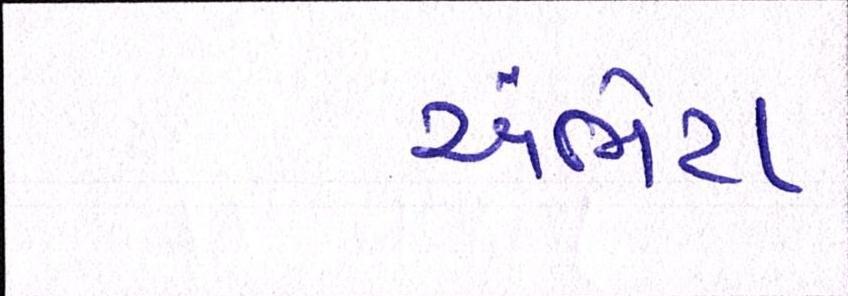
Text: અંભેટા